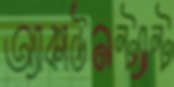
অ্যাকাউনন্ট্যান্ট